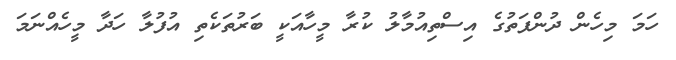
ހަމަ މިހެން ދުންފަތުގެ އިސްތިއުމާލު ކުރާ މީހާއަކީ ބަރުތަކެތި އުފުލާ ހަދާ މީހެއްނަމަ